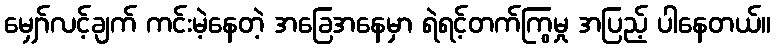
မျှော်လင့်ချက် ကင်းမဲ့နေတဲ့ အခြေအနေမှာ ရဲရင့်တက်ကြွမှု အပြည့် ပါနေတယ်။